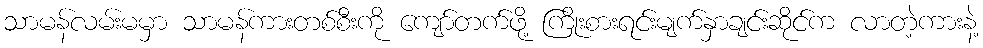
သာမန်လမ်းမမှာ သာမန်ကားတစ်စီးကို ကျော်တက်ဖို့ ကြိုးစားရင်းမျက်နှာချင်းဆိုင်က လာတဲ့ကားနဲ့